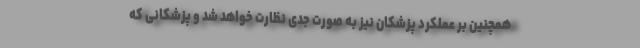
همچنین بر عملکرد پزشکان نیز به صورت جدی نظارت خواهد شد و پزشکانی که